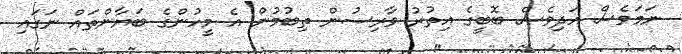
ނަމަވެސް އަދިިވެސް ބޮބީގެ އިތުރު ވާރިސުން ތިބުމުން އެ މީހުންގެ ބަޔާންތައް ނަގައި